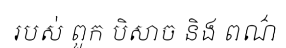
របស់ ពួក បិសាច និង ពណ៌